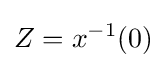
Z=x^{-1}(0)